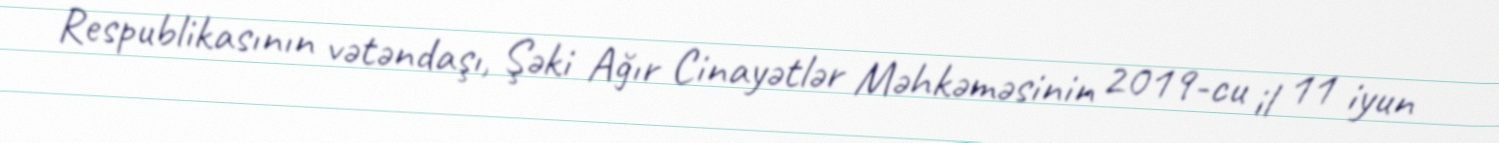
Respublikasının vətəndaşı, Şəki Ağır Cinayətlər Məhkəməsinin 2019-cu il 11 iyun